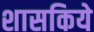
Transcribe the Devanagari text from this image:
शासकिये